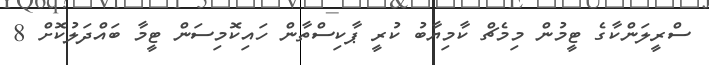
ސްރީލަންކާގެ ޓީމުން މިމެޗް ކާމިޔާބު ކުރީ ޕާކިސްތާން ހައިކޮމިސަން ޓީމާ ބައްދަލުކޮށް 8